Madras plague regulations and rules - Volume 2
Disease focus: Plague
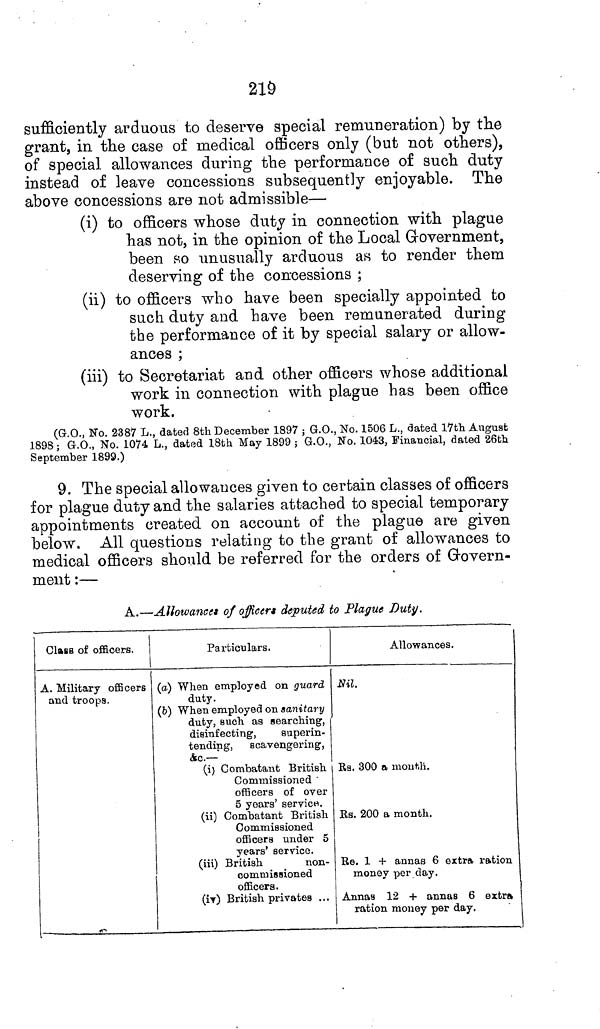
219
sufficiently arduous to deserve special remuneration) by the
grant, in the case of medical officers only (but not others),
of special allowances during the performance of such duty
instead of leave concessions subsequently enjoyable. The
above concessions are not admissible—
(i) to officers whose duty in connection with plague
has not, in the opinion of the Local Government,
been so unusually arduous as to render them
deserving of the concessions ;
(ii) to officers who have been specially appointed to
such duty and have been remunerated during
the performance of it by special salary or allow-
ances ;
(iii) to Secretariat and other officers whose additional
work in connection with plague has been office
work.
(G.O., No. 2387 L., dated 8th December 1897 ; G.O., No. 1506 L., dated 17th August
1898; G.O., No. 1074 L., dated 18th May 1899 ; G.O., No. 1043, Financial, dated 26th
September 1899.)
9. The special allowances given to certain classes of officers
for plague duty and the salaries attached to special temporary
appointments created on account of the plague are given
below. All questions relating to the grant of allowances to
medical officers should be referred for the orders of Govern-
ment :—
A.—Allowances of officers deputed to Plague Duty.
Class of officers.
A. Military officers
and troops.
!
Particulars.
(a) When employed on guard
duty.
(b) When employed on sanitary
duty, such as searching,
disinfecting,
superin-
tending,
scavengeriug,
&c.—
(i) Combatant British
Commissioned "
officers of over
5 years' service.
(ii) Combatant British
Commissioned
officers under 5
years' service.
(iii) British
non-
commissioned
officers.
(iv) British privates ...
Allowances.
Nil.
Rs. 300 a mouth.
Rs. 200 a month.
Re. 1 + annas 6 extra ration
money per day.
Annas 12 + annas 6 extra
ration money per day.